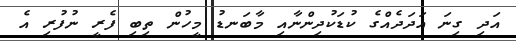
އަދި ގިނަ އަދަދެއްގެ ކުޑަކުދިންނާއި މާބަނޑު މީހުން ތިބި ފެރީ ނުފުރި އެ